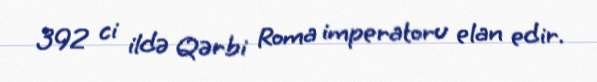
392 ci ildə Qərbi Roma imperatoru elan edir.